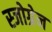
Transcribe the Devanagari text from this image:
स्जोग्रेन